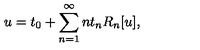
u = t _ { 0 } + \sum _ { n = 1 } ^ { \infty } n t _ { n } R _ { n } [ u ] ,